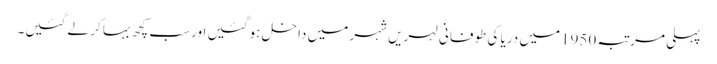
پہلی مرتبہ 1950میں دریا کی طوفانی لہریں شہر میں داخل ہو گئیں اور سب کچھ بہا کر لے گئیں۔